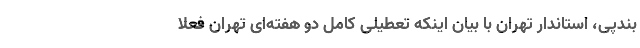
بندپی، استاندار تهران با بیان اینکه تعطیلی کامل دو هفته‌ای تهران فعلا